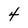
Character: 4